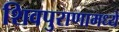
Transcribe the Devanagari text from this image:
शिवपुराणामध्ये